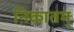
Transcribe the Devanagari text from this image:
निकातम्